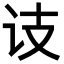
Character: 𬣛